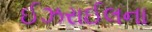
ઈઝરાઈલના